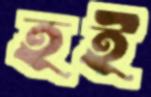
হই